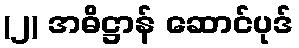
(၂) အဓိဋ္ဌာန် ဆောင်ပုဒ်